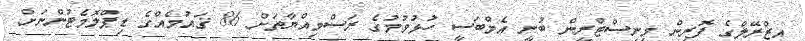
އިޒްރޭލްގެ ފޮރިން މިނިސްޓްރީން ބުނީ އެމްބަސީ ހުޅުވުމުގެ ރަސްމިއްޔާތަށް 86 ޤައުމެއްގެ ޑިޕްލޮމެޓުންނަށް